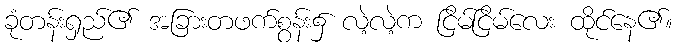
ခုံတန်းရှည်၏ အခြားတဖက်စွန်း၌ လဲ့လဲ့က ငြိမ်ငြိမ်လေး ထိုင်နေ၏။